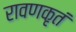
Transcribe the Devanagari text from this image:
रावणकृतं